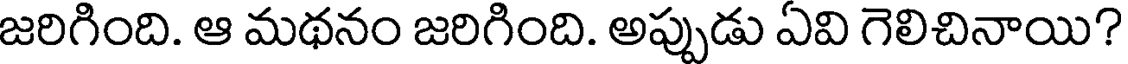
జరిగింది. ఆ మథనం జరిగింది. అప్పుడు ఏవి గెలిచినాయి?